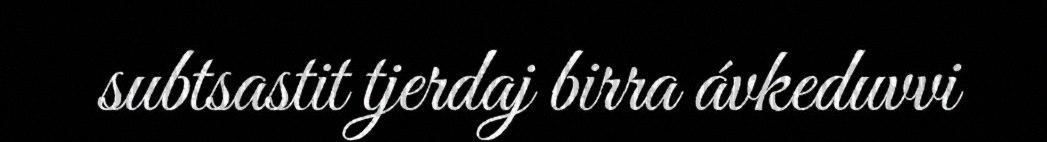
subtsastit tjerdaj birra ávkeduvvi